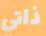
ذاتي